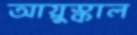
আয়ুস্কাল